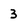
Character: 3